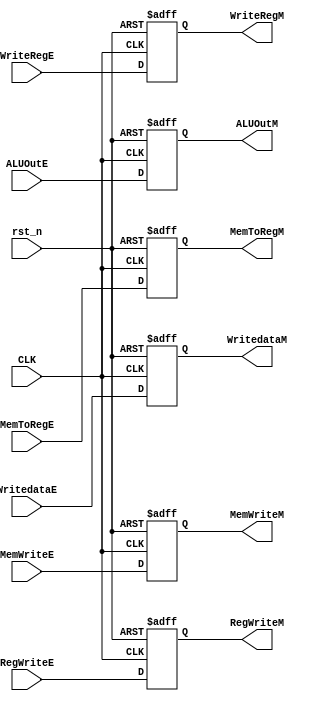
//register connecting the execute and memory stages
module RegM (
input                   rst_n,
input                   RegWriteE,
input                   MemToRegE,
input                   MemWriteE,
input                   CLK,
input         [31:0]    ALUOutE,
input         [31:0]    WritedataE,
input         [4:0]     WriteRegE,
output reg              RegWriteM,
output reg              MemToRegM,
output reg              MemWriteM,
output reg    [31:0]    ALUOutM,
output reg    [31:0]    WritedataM,
output reg    [4:0]     WriteRegM
);

always@(posedge CLK or negedge rst_n)
begin
    if (~rst_n)
    begin
    RegWriteM  <= 1'b0;
    MemToRegM  <= 1'b0;
    MemWriteM  <= 1'b0;
    ALUOutM    <= 32'b0;
    WritedataM <= 32'b0;
    WriteRegM  <= 5'b0;  
    end
    else
    begin
    RegWriteM  <= RegWriteE;
    MemToRegM  <= MemToRegE;
    MemWriteM  <= MemWriteE;
    ALUOutM    <= ALUOutE;
    WritedataM <= WritedataE;
    WriteRegM  <= WriteRegE;
    end
end

endmodule